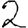
Digit: 2